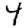
Digit: 4